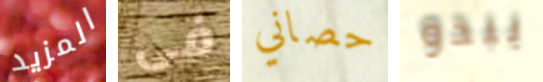
المزيد فى حصاني يبدو